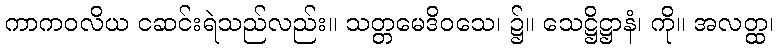
ကာကဝလိယ ငဆင်းရဲသည်လည်း။ သတ္တမေဒိဝသေ၊ ၌။ သေဋ္ဌိဋ္ဌာနံ၊ ကို။ အလတ္ထ၊